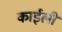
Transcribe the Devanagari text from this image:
काईली